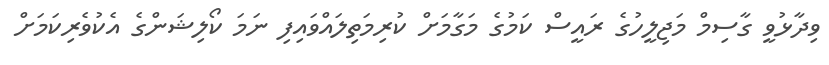
ވިދާޅުވީ ގާސިމް މަޖިލީހުގެ ރައީސް ކަމުގެ މަގާމަށް ކުރިމަތިލައްވައިފި ނަމަ ކޯލިޝަންގެ އެކުވެރިކަމަށް